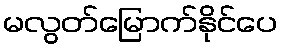
မလွတ်မြောက်နိုင်ပေ